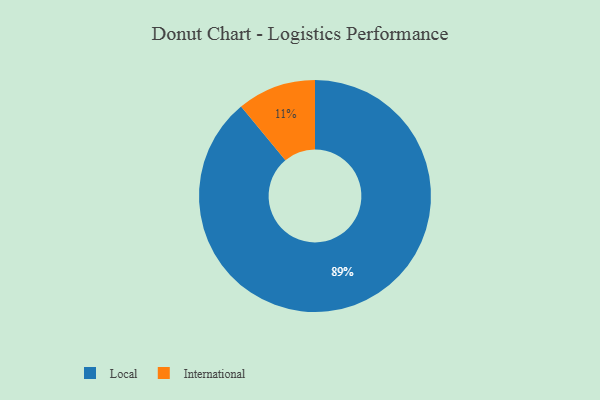
{"axis": {"x": "Category", "y": "Percentage"}, "legend": ["International", "Local"], "data": [{"x": "Local", "y": 89, "type": "Local"}, {"x": "International", "y": 11, "type": "International"}]}